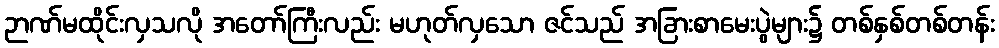
ဉာဏ်မထိုင်းလှသလို အတော်ကြီးလည်း မဟုတ်လှသော ဇင်သည် အခြားစာမေးပွဲများ၌ တစ်နှစ်တစ်တန်း